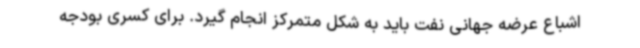
اشباع عرضه جهانی نفت باید به شکل متمرکز انجام گیرد. برای کسری بودجه